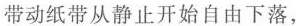
带动纸带从静止开始自由下落，